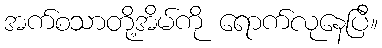
အက်စသာတို့အိမ်ကို ရောက်လုနေပြီ။